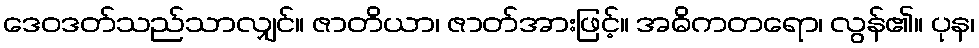
ဒေဝဒတ်သည်သာလျှင်။ ဇာတိယာ၊ ဇာတ်အားဖြင့်။ အဓိကတရော၊ လွန်၏။ ပုန၊